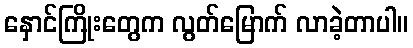
နှောင်ကြိုးတွေက လွတ်မြောက် လာခဲ့တာပါ။